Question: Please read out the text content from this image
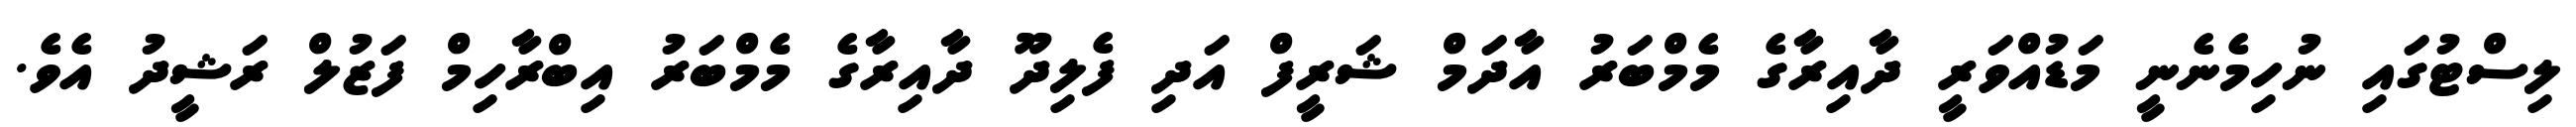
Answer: ލިސްޓުގައި ނުހިމެނެނީ މަޑުއްވަރީ ދާއިރާގެ މެމްބަރު އާދަމް ޝަރީފް އަދި ފެލިދޫ ދާއިރާގެ މެމްބަރު އިބްރާހިމް ފަޒުލް ރަޝީދު އެވެ.